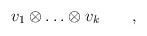
LaTeX: \begin{align*}v_1\otimes\ldots\otimes v_k\qquad,\end{align*}